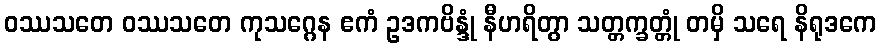
ဝဿသတေ ဝဿသတေ ကုသဂ္ဂေန ဧကံ ဥဒကဗိန္ဒုံ နီဟရိတွာ သတ္တက္ခတ္တုံ တမှိ သရေ နိရုဒကေ